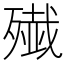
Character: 𫞔